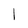
Character: l